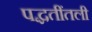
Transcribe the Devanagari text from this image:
पद्धतींतली